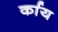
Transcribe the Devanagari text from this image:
र्काय